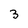
Character: 3